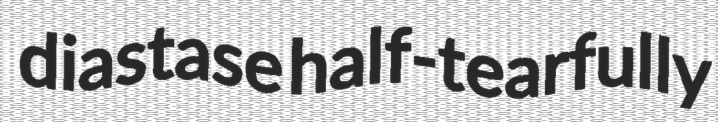
diastase half-tearfully